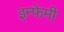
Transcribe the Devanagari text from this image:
इन्फेमी